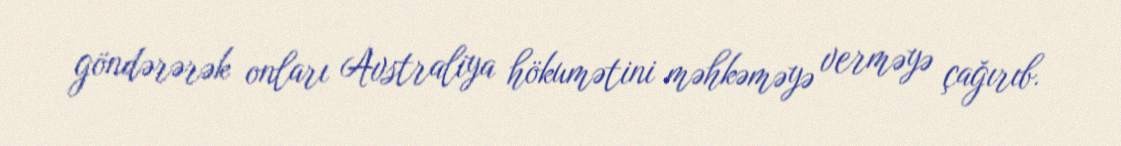
göndərərək onları Avstraliya hökumətini məhkəməyə verməyə çağırıb.